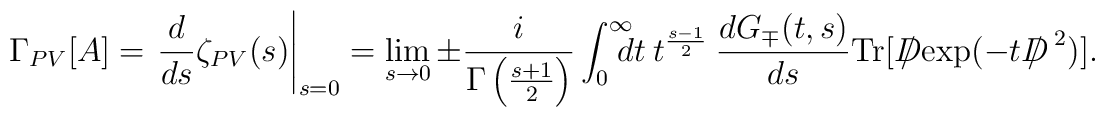
\Gamma_{PV}[A]=\left. \frac{d}{ds} \zeta_{PV}(s)\right |_{s=0}=\lim_{s\to 0}\pm\frac{i}{\Gamma\left(\frac{s+1}{2}\right)}\int^\infty_0\!\!\!\!dt~t^{\frac{s-1}{2}}~\frac{d G_{\mp}(t,s)}{d s}{\rm Tr}[{D\!\!\!\!/}\exp(-t{D\!\!\!\!/}^{~2})].